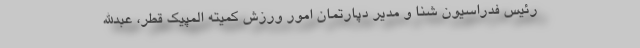
رئیس فدراسیون شنا و مدیر دپارتمان امور ورزش کمیته المپیک قطر، عبدالله